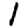
Digit: 1